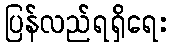
ပြန်လည်ရရှိရေး